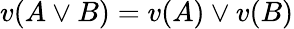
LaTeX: v(A\lor B)=v(A)\lor v(B)